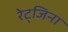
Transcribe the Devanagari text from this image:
रेट्जिना